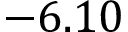
- 6 . 1 0